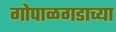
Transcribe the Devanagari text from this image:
गोपाळगडाच्या